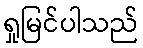
ရှုမြင်ပါသည်